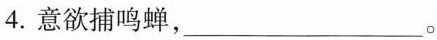
4.意欲捕鸣蝉，___。